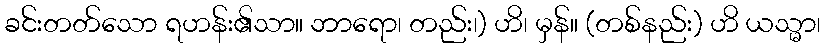
ခင်းတတ်သော ရဟန်း၏သာ။ ဘာရော၊ တည်း၊) ဟိ၊ မှန်။ (တစ်နည်း) ဟိ ယသ္မာ၊